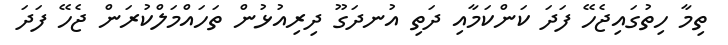
ތިމާ ހިތުގައިޖެހޭ ފަދަ ކަންކަމާއި ދަތި އުނދަގޫ ދިރިއުޅުން ތަހައްމަލްކުރަން ޖެހޭ ފަދަ